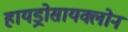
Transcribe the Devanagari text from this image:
हायड्रोसायक्लोन